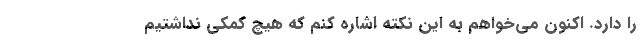
را دارد. اکنون می‌خواهم به این نکته اشاره کنم که هیچ کمکی نداشتیم